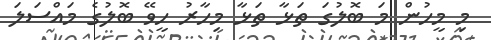
މި މީހުން މަ ބޮލުގަ ތަޅާ ތަޅާ މިހާރު ހީވޭ ބޮލުގެ މައްސަލަ